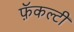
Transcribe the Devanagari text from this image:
फ़ॅकल्टी